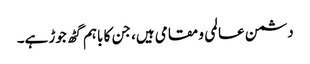
دشمن عالمی و مقامی ہیں، جن کا باہم گٹھ جوڑ ہے۔